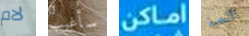
لام سأغيب اماكن الحبة